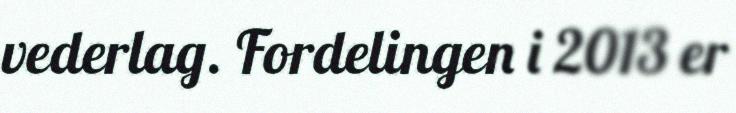
vederlag. Fordelingen i 2013 er